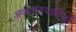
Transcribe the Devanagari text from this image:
अध्ययनवादियों